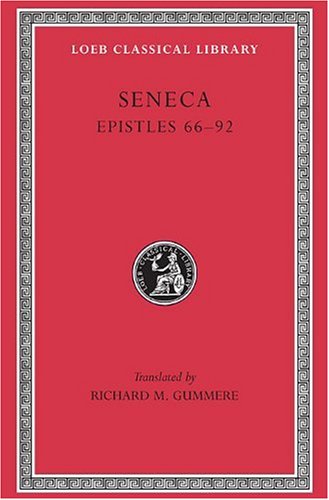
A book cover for Seneca: Epistles 66-92 (Loeb No. 76); Seneca; Literature & Fiction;